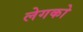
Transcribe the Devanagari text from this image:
लेगको